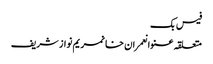
فیس بک
متعلقہ عنوانعمران خانمریم نواز شریف